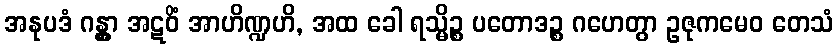
အနုပဒံ ဂန္တွာ အဋဝိံ အာဟိဏ္ဍဟိ, အထ ခေါ ရသ္မိဉ္စ ပတောဒဉ္စ ဂဟေတွာ ဥဇုကမေဝ တေသံ